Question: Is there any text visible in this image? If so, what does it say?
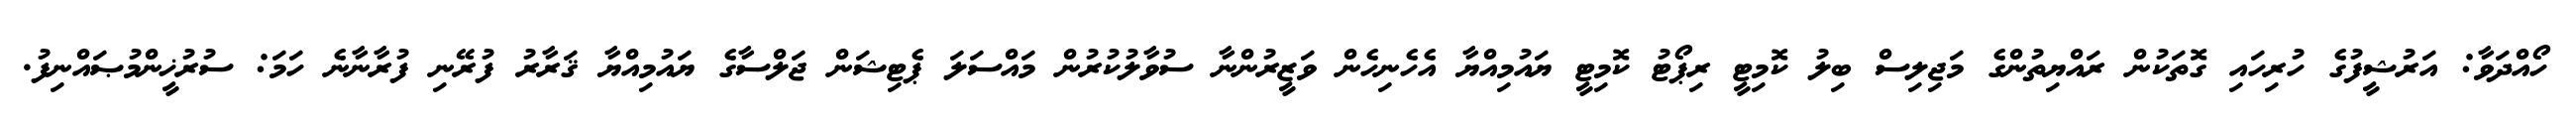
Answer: ހޯއްދަވާ: އަރުޝީފުގެ ހުރިހައި ގޮތަކުން ރައްޔިތުންގެ މަޖިލިސް ބިލު ކޮމިޓީ ރިޕޯޓު ކޮމިޓީ ޔައުމިއްޔާ އެހެނިހެން ވަޒީރުންނާ ސުވާލުކުރުން މައްސަލަ ޕެޓިޝަން ޖަލްސާގެ ޔައުމިއްޔާ ޤަރާރު ފުރޭނި ފުރާނާނެ ހަމަ: ސުރުޚީންމުޞައްނިފު.